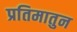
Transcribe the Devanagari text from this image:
प्रतिमातुन